Report on vaccination in Madras 1904-1921 - 1904-1921
Year: 1904
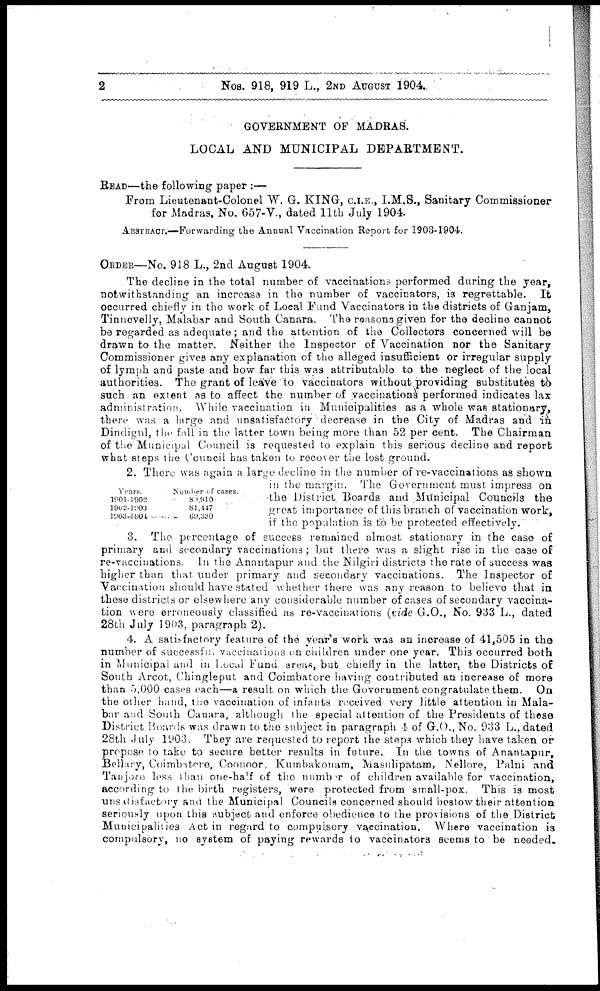
2
Nos. 918, 919 L., 2ND AUGUST 1904.
GOVERNMENT OF MADRAS.
LOCAL AND MUNICIPAL DEPARTMENT.
READ—the following paper :—
From Lieutenant-Colonel W. G. KING, C.I.E., I.M.S., Sanitary Commissioner
for Madras, No. 657-V., dated 11th July 1904.
ABSTRACT.—Forwarding the Annual Vaccination Report for 1903-1904.
ORDER—No. 918 L., 2nd August 1904.
The decline in the total number of vaccinations performed during the year,
notwith standing an increase in the number of vaccinators, is regrettable. It
occurred chiefly in the work of Local Fund Vaccinators in the districts of Ganjam,
Tinnevelly, Malabar and South Canara. The reasons given for the decline cannot
be regarded as adequate; and the attention of the Collectors concerned will be
drawn to the matter. Neither the Inspector of Vaccination nor the Sanitary
Commissioner gives any explanation of the alleged insufficient or irregular supply
of lymph and paste and how far this was attributable to the neglect of the local
authorities. The grant of leave to vaccinators without providing substitutes to
such an extent as to affect the number of vaccinations performed indicates lax
administration. While vaccination in Municipalities as a whole was stationary,
there was a large and unsatisfactory decrease in the City of Madras and in
Dindigul, the fall in the latter town being more than 52 per cent. The Chairman
of the Municipal Council is requested to explain this serious decline and report
what steps the Council has taken to recover the lost ground.
Years.
1901-1902
1902-1903
1903-1904
Number of cases.
89,910
81,447
69,330
2. There was again a large decline in the number of re-vaccinations as shown
in the margin. The Government must impress on
the District Boards and Municipal Councils the
great importance of this branch of vaccination work,
if the population is to be protected effectively.
3. The percentage of success remained almost stationary in the case of
primary and secondary vaccinations; but there was a slight rise in the case of
re-vaccinations. In the Anantapur and the Nilgiri districts the rate of success was
higher than that under primary and secondary vaccinations. The Inspector of
Vaccination should have stated whether there was any reason to believe that in
these districts or elsewhere any considerable number of cases of secondary vaccina-
tion were erroneously classified as re-vaccinations (vide G.O., No. 933 L., dated
28th July 1903, paragraph 2).
4. A satisfactory feature of the year's work was an increase of 41,505 in the
number of successful vaccinations on children under one year. This occurred both
in Municipal and in Local Fund areas, but chiefly in the latter, the Districts of
South Arcot, Chingleput and Coimbatore having contributed an increase of more
than 5,000 cases each—a result on which the Government congratulate them. On
the other hand, the vaccination of infants received very little attention in Mala-
bar and South Canara, although the special attention of the Presidents of these
District Boards was drawn to the subject in paragraph 4 of G.O., No. 933 L., dated
28th July 1903. They are requested to report the steps which they have taken or
propose to take to secure better results in future. In the towns of Anantapur,
Bellary, Coimbatore, Coonoor, Kumbakonam, Masulipatam, Nellore, Palni and
Tanjore less than one-half of the number of children available for vaccination,
according to the birth registers, were protected from small-pox. This is most
unsatisfactory and the Municipal Councils concerned should bestow their attention
seriously upon this subject and enforce obedience to the provisions of the District
Municipalities Act in regard to compulsory vaccination. Where vaccination is
compulsory, no system of paying rewards to vaccinators seems to be needed.